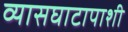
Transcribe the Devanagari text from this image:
व्यासघाटापाशी